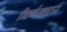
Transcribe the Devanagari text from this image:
निर्णयधार